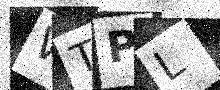
Text: WTPL